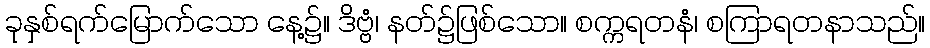
ခုနှစ်ရက်မြောက်သော နေ့၌။ ဒိဗ္ဗံ၊ နတ်၌ဖြစ်သော။ စက္ကရတနံ၊ စကြာရတနာသည်။